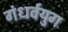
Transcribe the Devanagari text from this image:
गंधर्वयुग